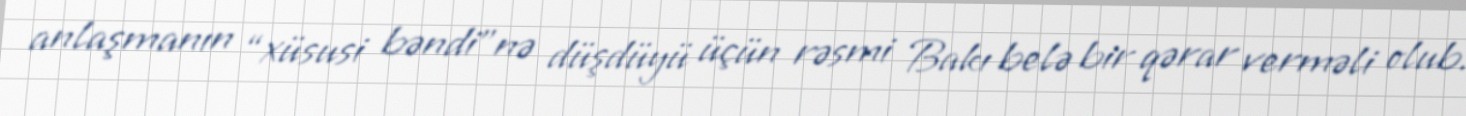
anlaşmanın “xüsusi bəndi”nə düşdüyü üçün rəsmi Bakı belə bir qərar verməli olub.